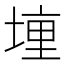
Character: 𫝟